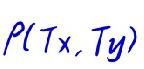
$P(T_x,T_y)$